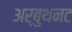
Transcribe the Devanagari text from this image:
अर्बुथनट